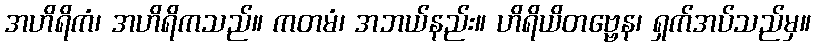
အဟိရိကံ၊ အဟိရိကသည်။ ကတမံ၊ အဘယ်နည်း။ ဟိရိယိတဗ္ဗေန၊ ရှက်အပ်သည်မှ။